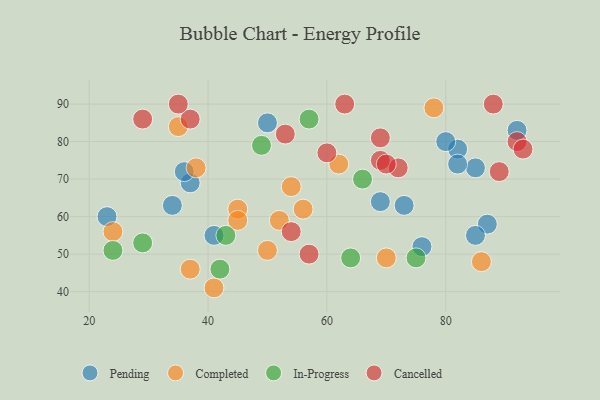
{"axis": {"x": "GDP", "y": "Life Expectancy"}, "legend": ["Cancelled", "Completed", "In-Progress", "Pending"], "data": [{"x": "92", "y": 83, "type": "Pending"}, {"x": "73", "y": 63, "type": "Pending"}, {"x": "69", "y": 64, "type": "Pending"}, {"x": "41", "y": 55, "type": "Pending"}, {"x": "23", "y": 60, "type": "Pending"}, {"x": "37", "y": 69, "type": "Pending"}, {"x": "85", "y": 73, "type": "Pending"}, {"x": "50", "y": 85, "type": "Pending"}, {"x": "34", "y": 63, "type": "Pending"}, {"x": "82", "y": 78, "type": "Pending"}, {"x": "36", "y": 72, "type": "Pending"}, {"x": "80", "y": 80, "type": "Pending"}, {"x": "87", "y": 58, "type": "Pending"}, {"x": "82", "y": 74, "type": "Pending"}, {"x": "76", "y": 52, "type": "Pending"}, {"x": "85", "y": 55, "type": "Pending"}, {"x": "35", "y": 84, "type": "Completed"}, {"x": "41", "y": 41, "type": "Completed"}, {"x": "70", "y": 49, "type": "Completed"}, {"x": "56", "y": 62, "type": "Completed"}, {"x": "45", "y": 62, "type": "Completed"}, {"x": "37", "y": 46, "type": "Completed"}, {"x": "38", "y": 73, "type": "Completed"}, {"x": "86", "y": 48, "type": "Completed"}, {"x": "24", "y": 56, "type": "Completed"}, {"x": "78", "y": 89, "type": "Completed"}, {"x": "54", "y": 68, "type": "Completed"}, {"x": "45", "y": 59, "type": "Completed"}, {"x": "62", "y": 74, "type": "Completed"}, {"x": "50", "y": 51, "type": "Completed"}, {"x": "52", "y": 59, "type": "Completed"}, {"x": "24", "y": 51, "type": "In-Progress"}, {"x": "43", "y": 55, "type": "In-Progress"}, {"x": "66", "y": 70, "type": "In-Progress"}, {"x": "75", "y": 49, "type": "In-Progress"}, {"x": "49", "y": 79, "type": "In-Progress"}, {"x": "42", "y": 46, "type": "In-Progress"}, {"x": "29", "y": 53, "type": "In-Progress"}, {"x": "57", "y": 86, "type": "In-Progress"}, {"x": "64", "y": 49, "type": "In-Progress"}, {"x": "57", "y": 50, "type": "Cancelled"}, {"x": "37", "y": 86, "type": "Cancelled"}, {"x": "35", "y": 90, "type": "Cancelled"}, {"x": "92", "y": 80, "type": "Cancelled"}, {"x": "29", "y": 86, "type": "Cancelled"}, {"x": "63", "y": 90, "type": "Cancelled"}, {"x": "89", "y": 72, "type": "Cancelled"}, {"x": "54", "y": 56, "type": "Cancelled"}, {"x": "72", "y": 73, "type": "Cancelled"}, {"x": "69", "y": 81, "type": "Cancelled"}, {"x": "60", "y": 77, "type": "Cancelled"}, {"x": "53", "y": 82, "type": "Cancelled"}, {"x": "69", "y": 75, "type": "Cancelled"}, {"x": "70", "y": 74, "type": "Cancelled"}, {"x": "93", "y": 78, "type": "Cancelled"}, {"x": "88", "y": 90, "type": "Cancelled"}]}